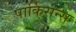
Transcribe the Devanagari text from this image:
पार्किसन्स